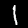
Digit: 1